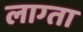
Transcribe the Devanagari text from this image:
लाग्ता